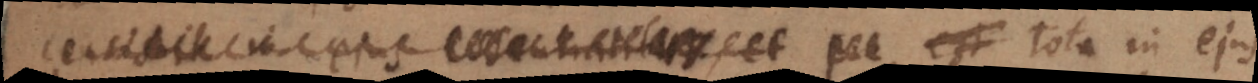
consistit in ejus essentialitate, et per est tota in ejus